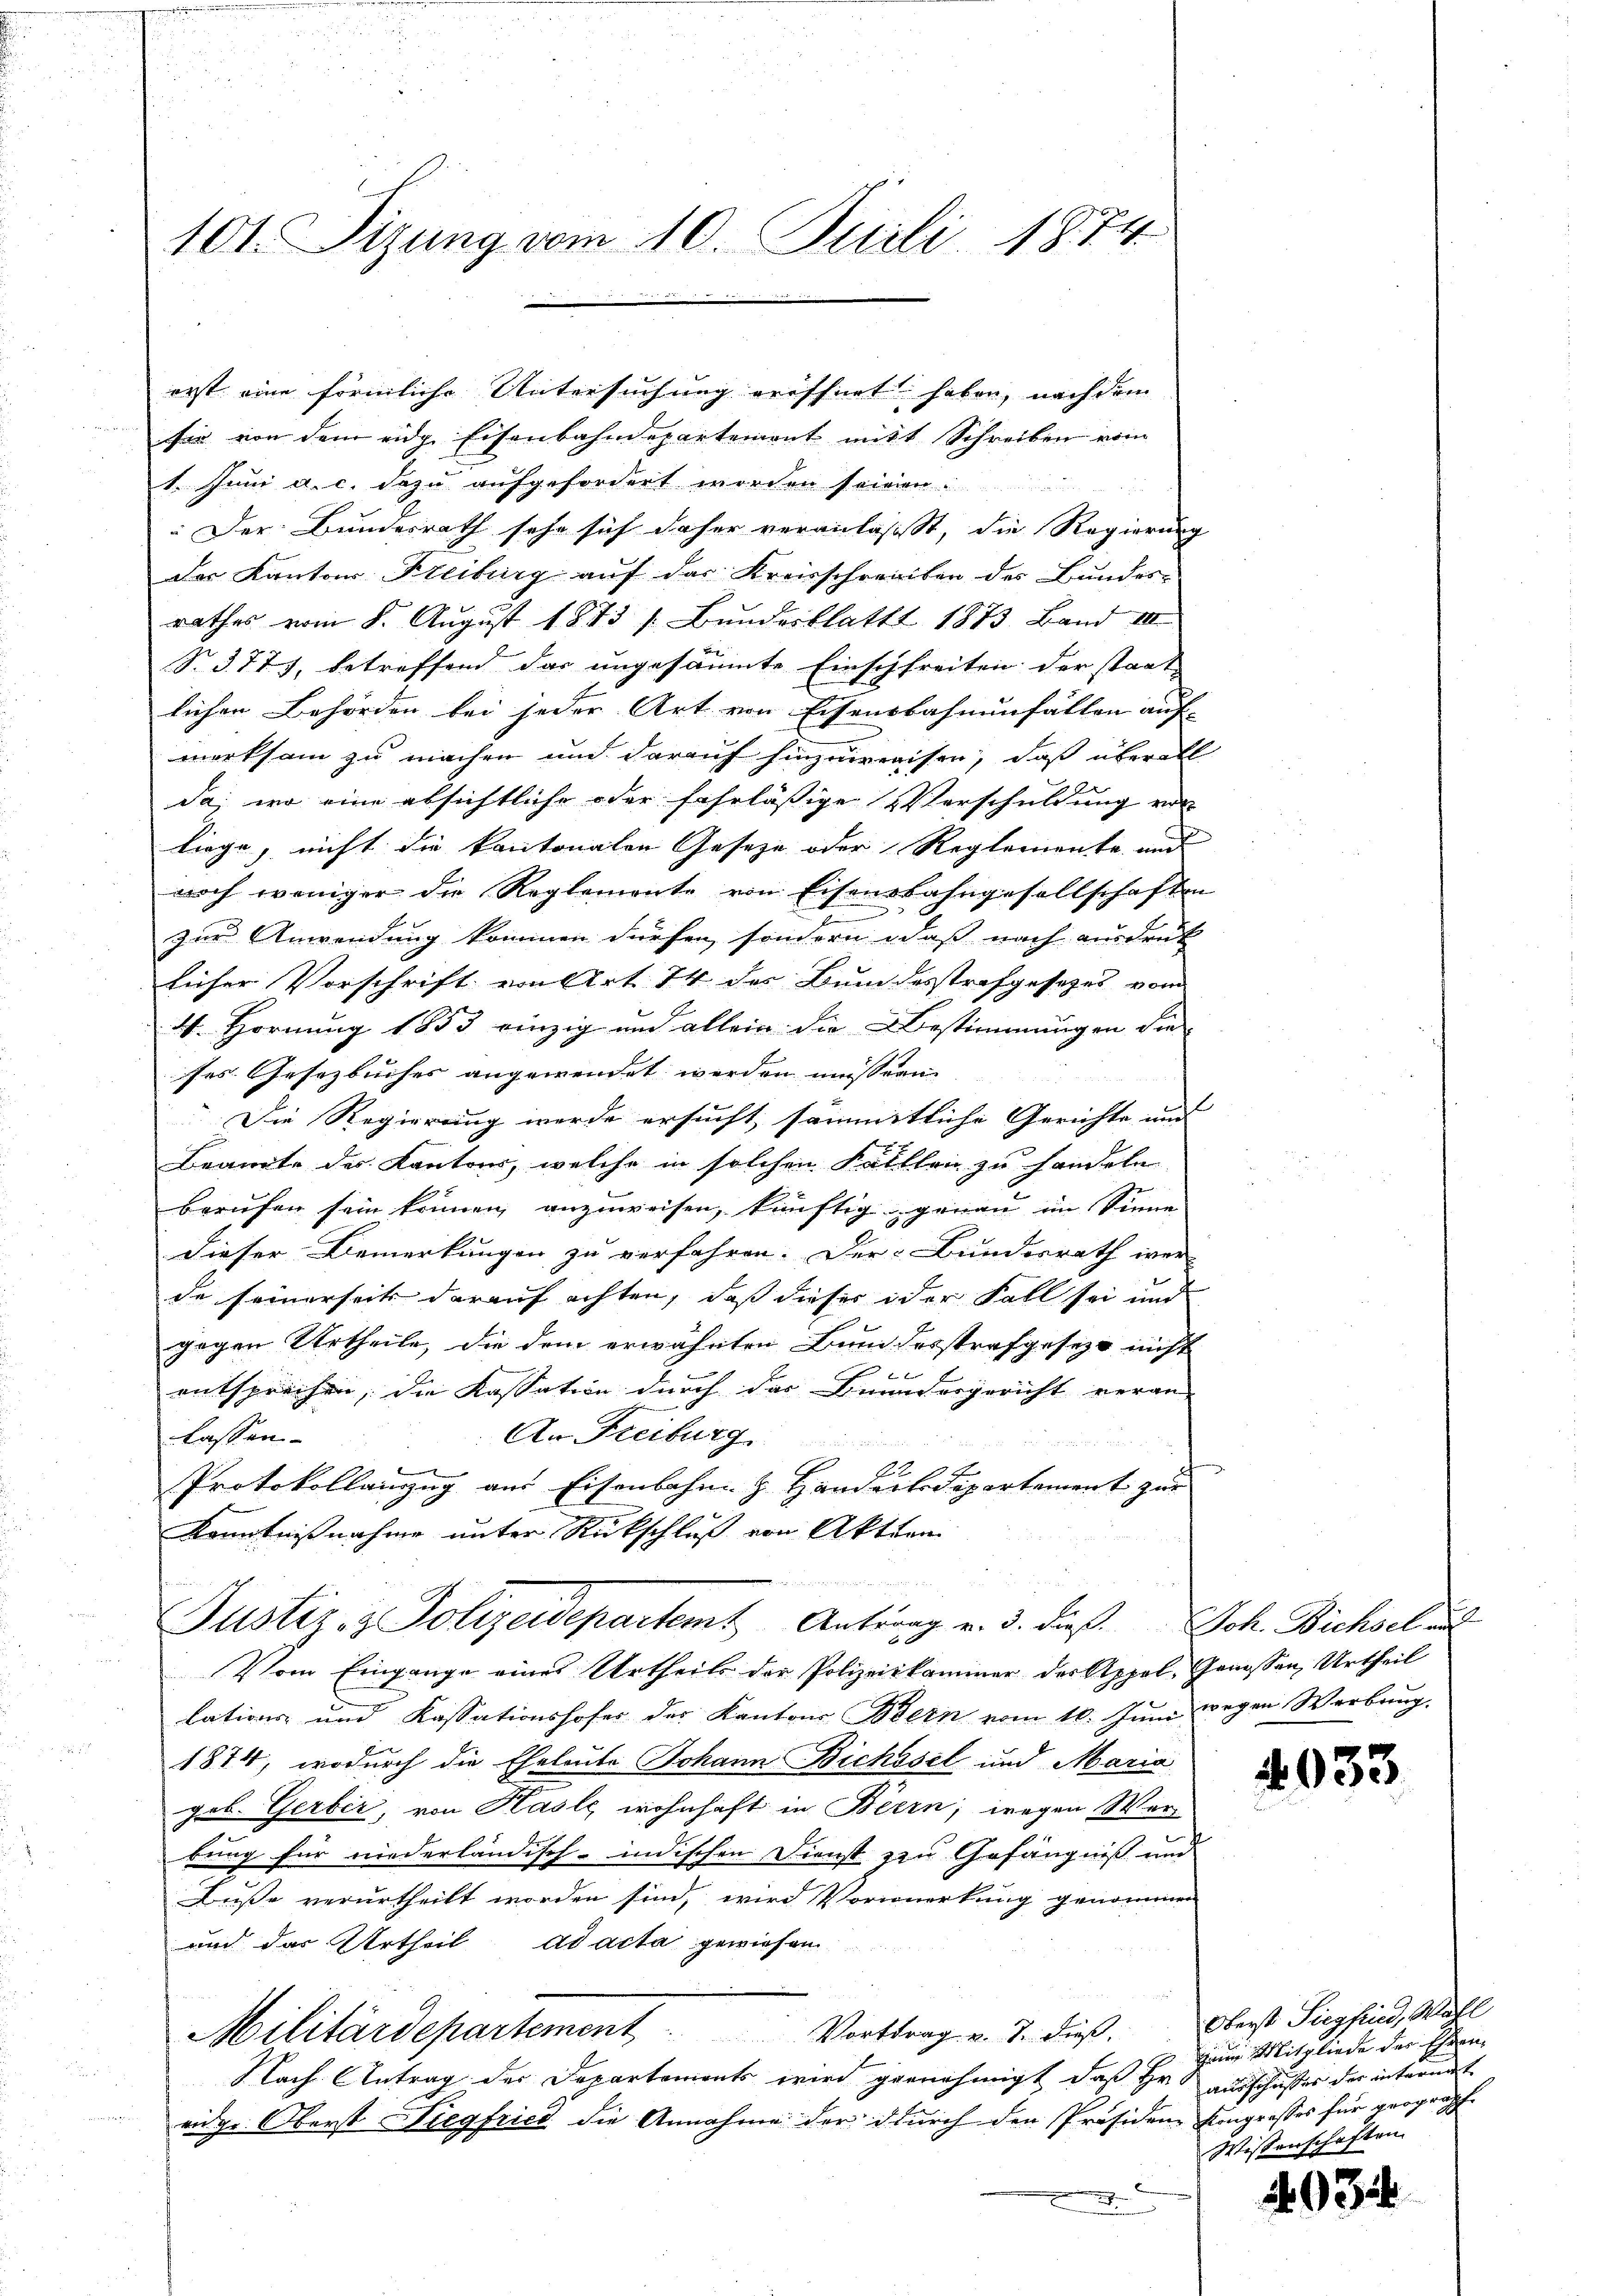
erst eine förmliche Untersuchung eröffnet haben, nach dem
sie von dem eidg. Eisenbahndepartement mit Schreiben vom
1. Juni a. c. dazu aufgefordert worden seien.
Der Bundesrath sehr sich daher veranlasst, die Regierung
des Kantons Freiburg auf das Kreisschreiben des Bundes-
rathes vom 8. August 1873 /: Bundesblatt 1873. Band III
S.3777, betreffend das ungesäumte Einschfreiten der staat
lichen Behörden bei jeder Art von Eisensbahnenfällen auf-
merksam zu machen und darauf hinzuweisen, daß überall
da, wo eine absichtliche oder fahrläßige Verschuldung von
liege, nicht die kantonalen Gesetze oder Reglemente und
noch weniger die Reglemente von Eisenbahngesellschaften
n
E
zur Anwendung kommen dürfen, sondern daß nach ausdruck
licher Vorschrift von Art. 74 des Bundesstrafgesetzes vom
4. Hornung 1853 einzig und allein die Bestimmungen die
ses Gesezbuches angewendet werden müssen.
Die Regierung werde ersucht sämmtliche Gerichte und |
Beante des Kantons, welche in solchen Fälllen zu handeln
berufen sein können, anzuweisen, künftig genau im Sinne
dieser Bemerkungen zu verfahren. Der Bundesrath wer-
de seinerseit darauf achten, daß dieser oder Fall sei und
gegen Urtheile, die dem erwähnten Bundesstrafgesezt nicht

entsprechen, die Kassation durch das Brandergericht veran-
An Freiburg
lassen.
a
Protokollanzug aus Eisenbahn z. Handert Departement zur
Kenntnißnahme unter Rückschluß von Aktien

Justiz- & Polizeidepartem Antrag v. 3. dieß. Joh. Bichsel au
Vom Eingange eines Urtheils der Polizeikommer der Appel, Genossen Urtheil
lations- und Kassationshofer des Kantons Bern vom 10. Juni wegen Werbung
1874, wodurch die Eheleute Johann Bichssel und Maria
geb. Gerbić, von Hasle wohnhaft in Beern; wegen Werbung für niederländisch-indischen Dienst zu Gefängniß und
Buße verurtheilt worden sind, wird Vorwerkung genommen
und das Urtheil ad acta gewiesen
Militärdepartement, Vortrag v. J. dieß.
Nach Antrag des Departements wird gernehmigt, daß Hr. ausschußes der internat
eidge Oberst Siegfried die Annahme der durch den Präsidene Eingrosses für prograph
m

101. Sizung vom 10. Juli 1874

Oberst Siegfind, Wahl
gen Mitgliede des Ehren
Wissenschaften

4033

493